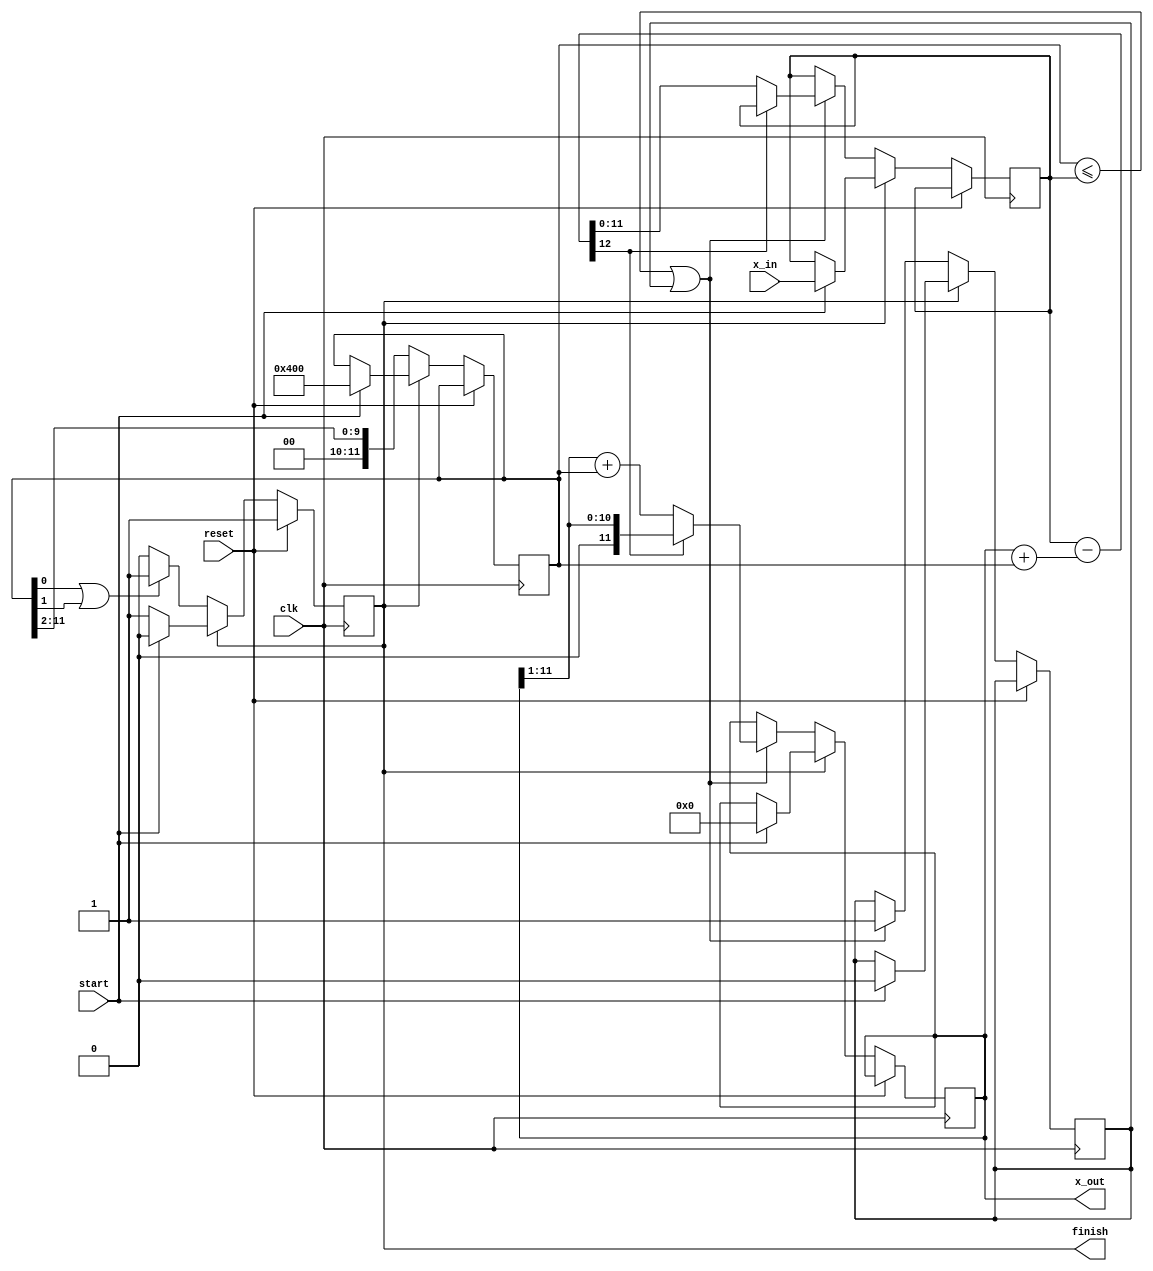
// This program was cloned from: https://github.com/gfg-development/grayblastVGA
// License: Apache License 2.0

/* A sequiential bit by bit calculation of the square root.
 *
 * -----------------------------------------------------------------------------
 *
 * Copyright (C) 2023 Gerrit Grutzeck (g.grutzeck@gfg-development.de)
 *
 * Licensed under the Apache License, Version 2.0 (the "License");
 * you may not use this file except in compliance with the License.
 * You may obtain a copy of the License at
 * 
 * http://www.apache.org/licenses/LICENSE-2.0
 *
 * Unless required by applicable law or agreed to in writing, software
 * distributed under the License is distributed on an "AS IS" BASIS,
 * WITHOUT WARRANTIES OR CONDITIONS OF ANY KIND, either express or implied.
 * See the License for the specific language governing permissions and
 * limitations under the License.
 *
 * -----------------------------------------------------------------------------
 *
 * Create   : Mai 15, 2024
 * Revise   : Mai 15, 2024
 * Revision : 1.0
 *
 * -----------------------------------------------------------------------------
 */
`default_nettype none

module sqrt_pipe #(parameter BIT_WIDTH = 12) (
    input  wire                     clk,
    input  wire                     reset,

    input  wire [BIT_WIDTH - 1 : 0] x_in,
    input  wire                     start,

    output wire [BIT_WIDTH - 1 : 0] x_out,
    output wire                     finish
);

    reg                       idle;
    reg [BIT_WIDTH - 1 : 0]   d;
    reg [BIT_WIDTH - 1 : 0]   c;
    reg [BIT_WIDTH - 1 : 0]   x;
    reg                       flag;

    wire [BIT_WIDTH : 0]      x_diff;

    assign x_diff = x - (c + d);


    always @(posedge clk) begin
        if (reset == 1) begin
            idle          <= 1;
        end else begin
            if (idle == 1) begin
                if (start == 1) begin
                    flag  <= 0;
                    x     <= x_in;
                    c     <= 0;
                    d     <= { 2'b01, {(BIT_WIDTH - 2){1'b0}}};
                    idle  <= 0;
                end
            end else begin
                if ((d <= x) || (flag == 1)) begin
                    flag  <= 1;

                    // check if x_diff is negative by evaluating the MSB
                    if (x_diff[BIT_WIDTH] == 1'b1) begin
                        c <= c >> 1;
                    end else begin
                        c <= (c >> 1) + d;
                        x <= x_diff[BIT_WIDTH - 1 : 0];
                    end
                end

                d         <= d >> 2;

                if ((d[0] == 1'b1) || (d[1] == 1'b1)) begin
                    idle  <= 1;
                end
            end
        end
    end

    assign x_out    = c;
    assign finish   = idle;
endmodule